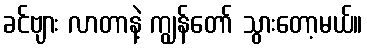
ခင်ဗျား လာတာနဲ့ ကျွန်တော် သွားတော့မယ်။